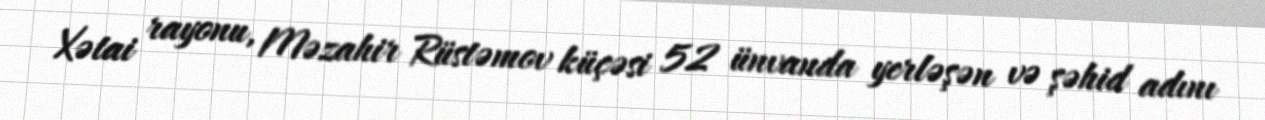
Xətai rayonu, Məzahir Rüstəmov küçəsi 52 ünvanda yerləşən və şəhid adını